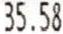
35.58